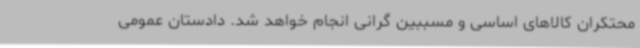
محتکران کالاهای اساسی و مسببین گرانی انجام خواهد شد. دادستان عمومی